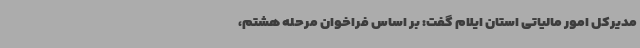
مدیرکل امور مالیاتی استان ایلام گفت: بر اساس فراخوان مرحله هشتم،